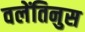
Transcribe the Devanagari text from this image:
वलेंतिनुस